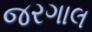
જરગાલ